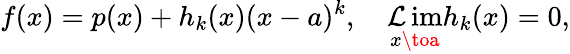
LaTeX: f(x)=p(x)+h_{k}(x)(x-a)^{k},\quad\operatorname*{\mathcal{L}im}_{x\toa}h_{k}(x)=0,